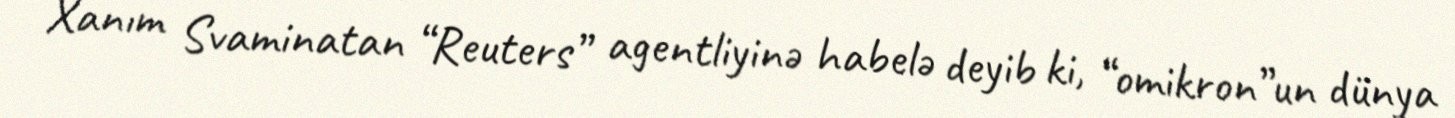
Xanım Svaminatan “Reuters” agentliyinə habelə deyib ki, “omikron”un dünya